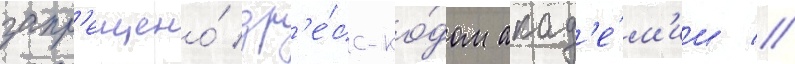
запр'ещено́ др'е́сс-ко́дом акад'е́м'ии //